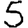
Digit: 5